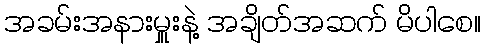
အခမ်းအနားမှူးနဲ့ အချိတ်အဆက် မိပါစေ။